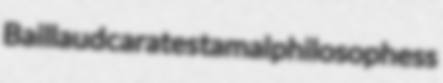
Baillaud carates tamal philosophess